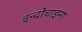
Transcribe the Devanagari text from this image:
इन्दोचाइना